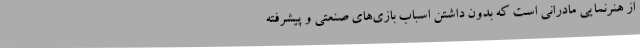
از هنرنمایی مادرانی است که بدون داشتن اسباب بازی‌های صنعتی و پیشرفته